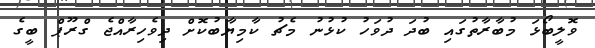
ވޮލީބޯޅަ މުބާރާތުގައި ބުދަ ދުވަހު ކުޅުނު މެޗު ކާމިޔާބުކޮށް ދިވެހިރާއްޖެ ގްރޫޕް ބީގެ